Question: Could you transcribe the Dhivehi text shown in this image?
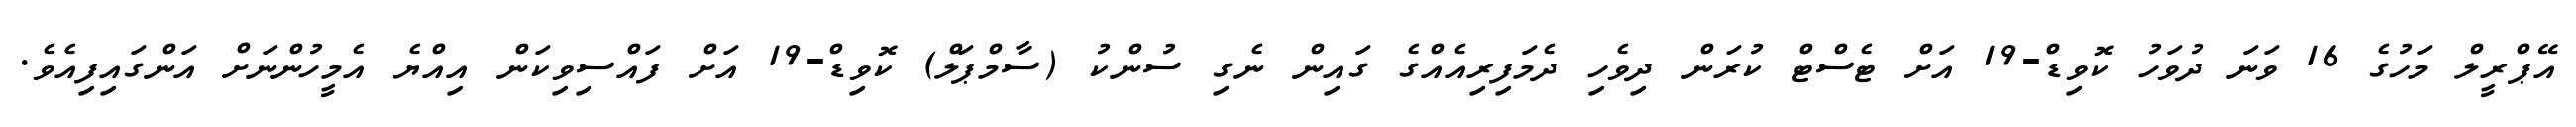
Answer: އޭޕްރީލް މަހުގެ 16 ވަނަ ދުވަހު ކޮވިޑް-19 އަށް ޓެސްޓް ކުރަން ދިވެހި ދެމަފިރިއެއްގެ ގައިން ނެގި ސުންކު (ސާމްޕަލް) ކޮވިޑް-19 އަށް ފައްސިވިކަން އިއްޔެ އެމީހުންނަށް އަންގައިފިއެވެ.